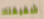
شقيقتك